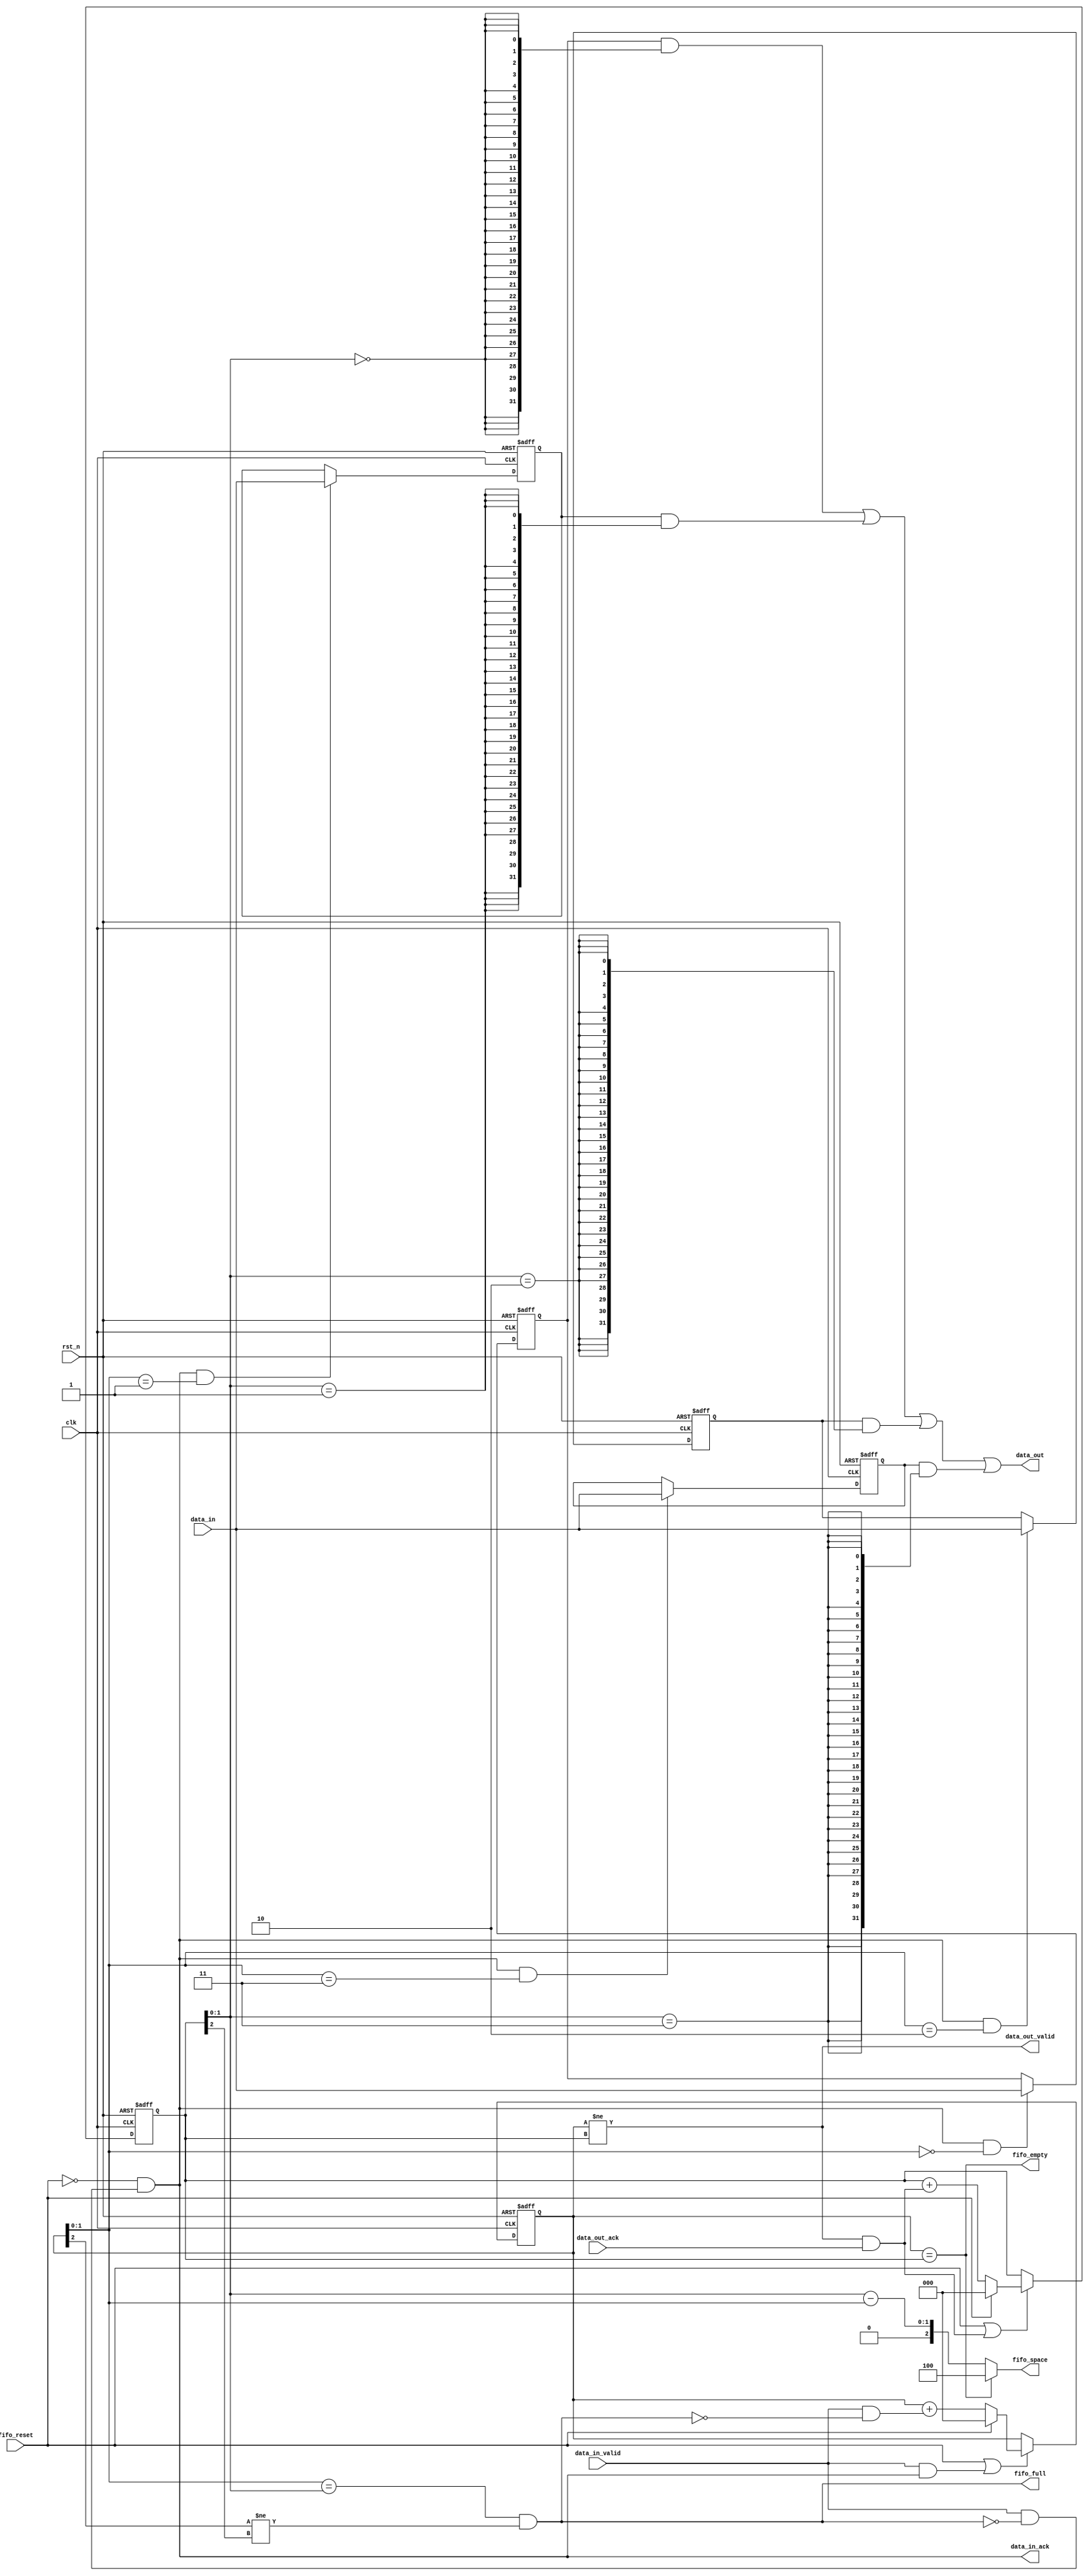
// This program was cloned from: https://github.com/verimake-team/SparkRoad-V
// License: MIT License

//-----------------------------------------------------------------------------
// The confidential and proprietary information contained in this file may
// only be used by a person authorised under and to the extent permitted
// by a subsisting licensing agreement from ARM Limited.
//
//            (C) COPYRIGHT 2013 ARM Limited.
//                ALL RIGHTS RESERVED
//
// This entire notice must be reproduced on all copies of this file
// and copies of this file may only be made by a person if such person is
// permitted to do so under the terms of a subsisting license agreement
// from ARM Limited.
//
//      SVN Information
//
//      Checked In          : $Date: 2017-07-25 15:10:13 +0100 (Tue, 25 Jul 2017) $
//
//      Revision            : $Revision: 368444 $
//
//      Release Information : Cortex-M0 DesignStart-r2p0-00rel0
//
//-----------------------------------------------------------------------------
//-----------------------------------------------------------------------------
// Abstract : I2S interface - Simple 4 entries FIFO
//-----------------------------------------------------------------------------

module i2s_fifo_4 #(
  parameter WIDTH=32
  )
  (
  input   wire               clk,
  input   wire               rst_n,

  input   wire               fifo_reset,
  
  input   wire  [WIDTH-1:0]  data_in,
  input   wire               data_in_valid,
  output  wire               data_in_ack,
  output  wire               fifo_full,
  output  wire               fifo_empty,
  
  output  wire  [WIDTH-1:0]  data_out,
  output  wire               data_out_valid,
  input   wire               data_out_ack,
  
  output  wire   [2:0]       fifo_space
  );
  
  localparam ptr_w=3;
  
  reg   [ptr_w-1:0]  reg_wr_ptr;    // Write pointer
  reg   [ptr_w-1:0]  reg_rd_ptr;    // read pointer
  reg   [ptr_w-1:0]  nxt_wr_ptr;    // Write pointer
  reg   [ptr_w-1:0]  nxt_rd_ptr;    // read pointer
  
  reg   [WIDTH-1:0]  reg_buf0;      // FIFO registers
  reg   [WIDTH-1:0]  reg_buf1;
  reg   [WIDTH-1:0]  reg_buf2;
  reg   [WIDTH-1:0]  reg_buf3;

  //-----------------------------------------------
  // Write pointer
  always @(posedge clk or negedge rst_n)
  begin
  if (~rst_n)
    reg_wr_ptr <= {ptr_w{1'b0}};
  else if (fifo_reset | (data_in_valid & data_in_ack))
    reg_wr_ptr <= nxt_wr_ptr;
  end
  
  always @(reg_wr_ptr or fifo_reset or data_in_valid or fifo_full)
  begin
  if (fifo_reset)
    nxt_wr_ptr = {ptr_w{1'b0}};
  else
    // increment if (data_in_valid & ~fifo_full)
    nxt_wr_ptr = reg_wr_ptr + (data_in_valid & ~fifo_full);
  end
    
  //-----------------------------------------------
  // Read pointer
  always @(posedge clk or negedge rst_n)
  begin
  if (~rst_n)
    reg_rd_ptr <= {ptr_w{1'b0}};
  else if (fifo_reset | (data_out_valid & data_out_ack))
    reg_rd_ptr <= nxt_rd_ptr;
  end
  
  always @(reg_rd_ptr or fifo_reset or data_out_valid or data_out_ack)
  begin
  if (fifo_reset)
    nxt_rd_ptr = {ptr_w{1'b0}};
  else
    // increment if (data_out_valid & data_out_ack)
    nxt_rd_ptr = reg_rd_ptr + (data_out_valid & data_out_ack);
  end

  //-----------------------------------------------
  // FIFO control
  assign data_in_ack = ~fifo_reset & (data_in_valid & ~fifo_full);
  assign fifo_full   = (reg_wr_ptr[1:0]==reg_rd_ptr[1:0]) &
                       (reg_wr_ptr[2]  !=reg_rd_ptr[2]);
  assign fifo_empty  = (reg_wr_ptr[2:0]==reg_rd_ptr[2:0]);
  assign data_out_valid = (reg_wr_ptr[2:0]!=reg_rd_ptr[2:0]);

  wire [1:0] fifo_space_tmp = reg_rd_ptr[1:0] - reg_wr_ptr[1:0];
  
  assign fifo_space = (fifo_empty) ? 3'b100 :
                      {1'b0, fifo_space_tmp};

  //-----------------------------------------------
  // FIFO data
  
  // Data #0
  always @(posedge clk or negedge rst_n)
  begin
  if (~rst_n)
    reg_buf0 <= {WIDTH{1'b0}};
  else if (data_in_ack & (reg_wr_ptr[1:0]==2'b00))
    reg_buf0 <= data_in;
  end

  // Data #1
  always @(posedge clk or negedge rst_n)
  begin
  if (~rst_n)
    reg_buf1 <= {WIDTH{1'b0}};
  else if (data_in_ack & (reg_wr_ptr[1:0]==2'b01))
    reg_buf1 <= data_in;
  end

  // Data #2
  always @(posedge clk or negedge rst_n)
  begin
  if (~rst_n)
    reg_buf2 <= {WIDTH{1'b0}};
  else if (data_in_ack & (reg_wr_ptr[1:0]==2'b10))
    reg_buf2 <= data_in;
  end
  
  // Data #3
  always @(posedge clk or negedge rst_n)
  begin
  if (~rst_n)
    reg_buf3 <= {WIDTH{1'b0}};
  else if (data_in_ack & (reg_wr_ptr[1:0]==2'b11))
    reg_buf3 <= data_in;
  end

  // Read mux
  assign data_out = (reg_buf0 & {WIDTH{(reg_rd_ptr[1:0]==2'b00)}}) |
                    (reg_buf1 & {WIDTH{(reg_rd_ptr[1:0]==2'b01)}}) |
                    (reg_buf2 & {WIDTH{(reg_rd_ptr[1:0]==2'b10)}}) |
                    (reg_buf3 & {WIDTH{(reg_rd_ptr[1:0]==2'b11)}}) ;

endmodule